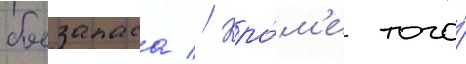
боезапаса // Кро́м'е того́